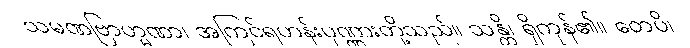
သမဏဗြာဟ္မဏာ၊ အကြင်ရဟန်းပုဏ္ဏားတို့သည်။ သန္တိ၊ ရှိကုန်၏။ တေပိ၊